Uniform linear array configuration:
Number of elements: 24
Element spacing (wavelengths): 1
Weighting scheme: uniform
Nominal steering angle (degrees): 30
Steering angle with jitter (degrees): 29.594
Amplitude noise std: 0.05
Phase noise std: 0.05

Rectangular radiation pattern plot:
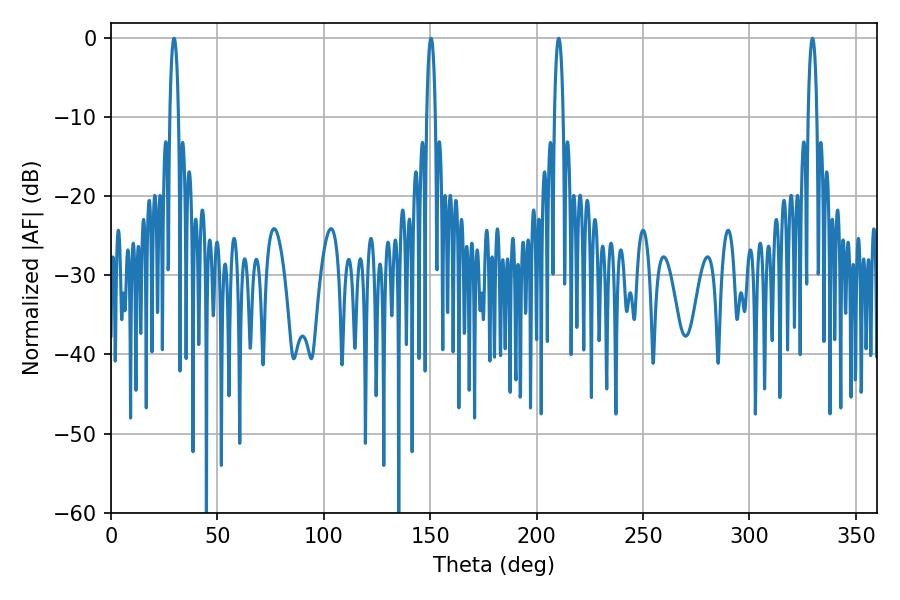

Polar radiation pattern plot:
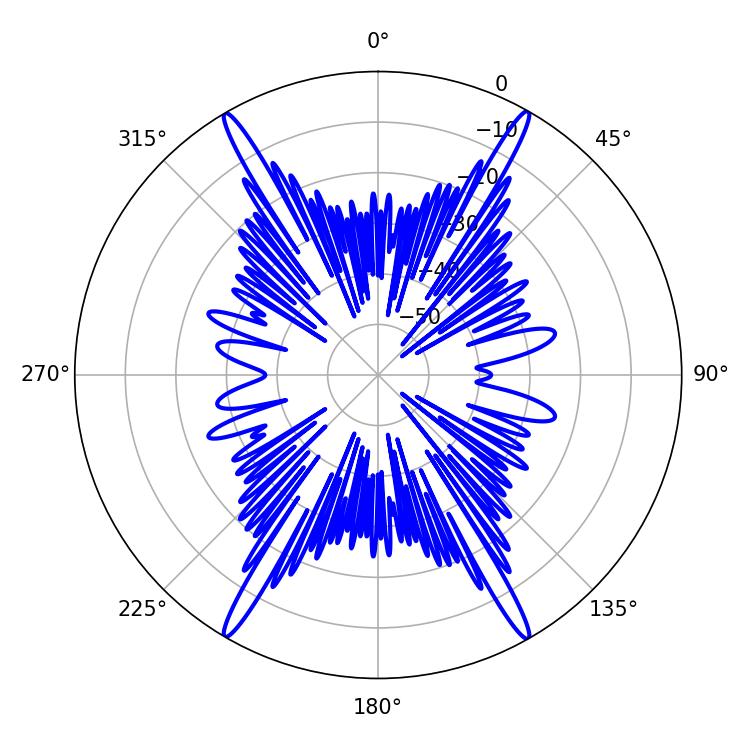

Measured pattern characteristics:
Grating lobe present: TRUE
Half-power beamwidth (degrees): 2.34
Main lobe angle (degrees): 210.42